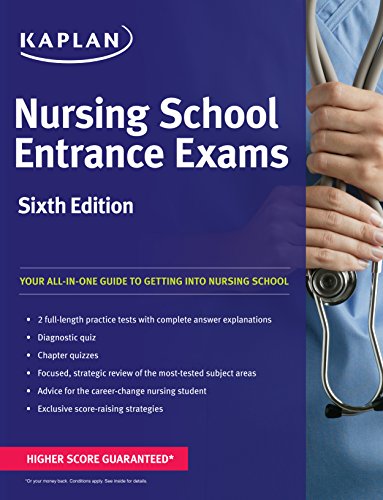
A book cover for Nursing School Entrance Exams (Kaplan Nursing School Entrance Exam) Sixth Edition; Kaplan; Test Preparation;